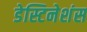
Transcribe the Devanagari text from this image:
डेस्टिनेशंस